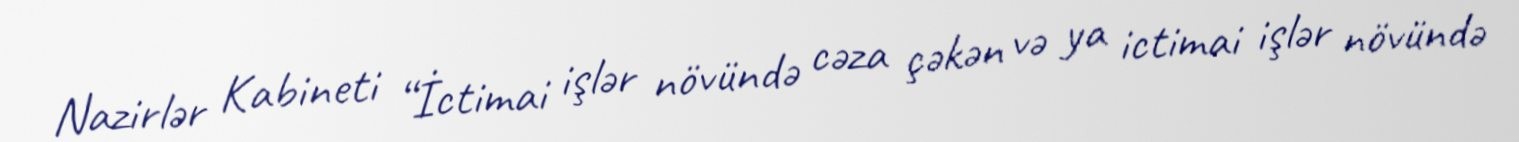
Nazirlər Kabineti “İctimai işlər növündə cəza çəkən və ya ictimai işlər növündə